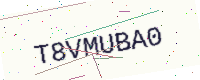
Text: T8VMUBA0